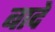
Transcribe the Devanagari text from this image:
बादे